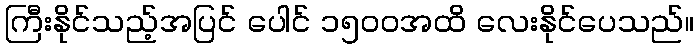
ကြီးနိုင်သည့်အပြင် ပေါင် ၁၅၀၀အထိ လေးနိုင်ပေသည်။